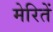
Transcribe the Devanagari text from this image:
मेरितें